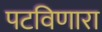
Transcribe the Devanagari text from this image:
पटविणारा